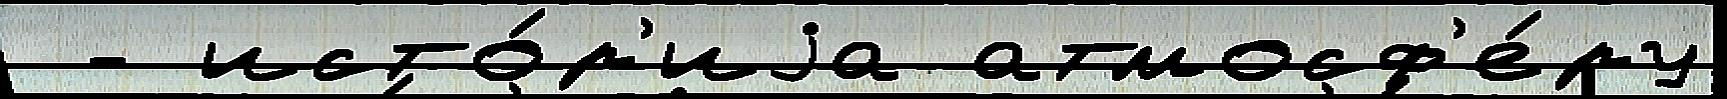
 - исто́р'иjа атмосф'е́ру